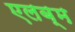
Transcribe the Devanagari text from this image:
एलब्म